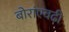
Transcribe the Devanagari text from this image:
बोरांएवढी